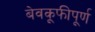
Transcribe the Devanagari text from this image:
बेवकूफीपूर्ण